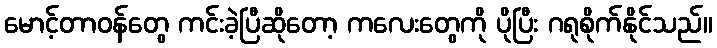
မောင့်တာဝန်တွေ ကင်းခဲ့ပြီဆိုတော့ ကလေးတွေကို ပိုပြီး ဂရုစိုက်နိုင်သည်။